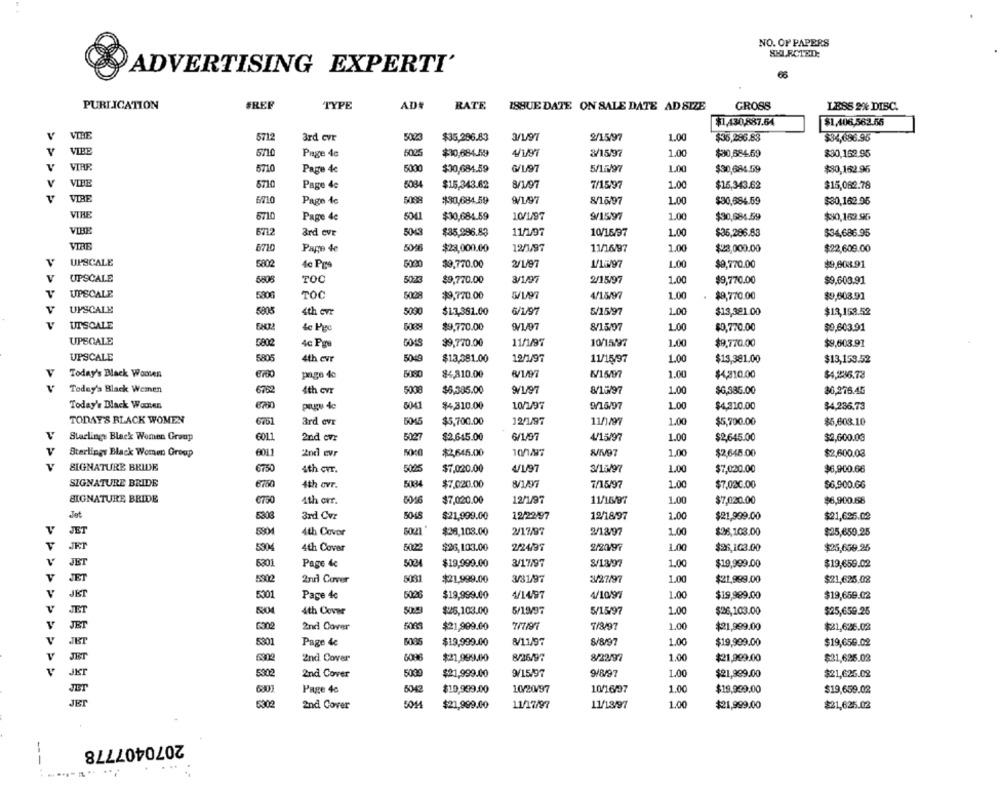
NO. OF PAPERS
ADVERTISING EXPERTI'
66
PUBLICATION
#REF
TYPE
ADS
RATE
ISSUE DATE ON SALE DATE AD SIZE
GROSS
LESS 2% DISC.
$7,430,887.64
$1,406,562.55
V
VIBE
5712
3rd cvr
5005
$35,296.83
3/197
2/15/97
1.00
$36,286.83
$34,686.95
VIBE
5710
Page 4c
5025
$10,684.49
4/197
3/15/97
1.00
$80,584.59
$30,162.95
VIRE
5710
Page 4c
5000
$30,684.59
5/12/97
1.00
$30,684.59
$80,162.96
V
VIBE
5710
Page 4c
5084
$15,343.62
8/1/97
7/15/97
1.00
$15,343.62
$15,062.78
VIRE
6710
5088
Page fe
$30,684.59
8/16/97
1.00
$30,684.59
$30,162.95
VIRE
5041
6710
Page 4e
$30,684.59
10/1/97
9/15/97
1.00
$30,684.59
$90,162.95
6712
ard evr
50-43
$35,296.83
11/1/97
10/15/97
1.00
$35,286.83
$34,686.95
VIBE
6720
Pape 4e
5046
$23,000.00
12/1/97
11/16/97
1.00
$23,000.00
$22,609.00
UPSCALE
5802
4c Pro
5020
$9,770.00
2/1/97
V/15/97
1.00
$9,770.00
$9,608.91
V
UPSCALE
5806
5073
TOC
$9,770.00
2/15/97
1.00
$9,770.00
$9,603.91
UPSCALE
5806
5028
TOC
$9,770.00
4/18/97
1.00
$9,770.00
$9,608.91
UPSCALE
5808
4th cvr
5000
$17,381.00
6/1/97
5/15/97
1.00
$13,321.00
$13,153.52
UTSCALE
de Pgc
$9,770.00
9/197
8/15/07
1.00
$0,770.00
$9,603.91
UPSCALE
G802
4c Pou
5048
$9,770.00
11/1/97
10/15/97
1.00
$9,770.00
$9,603.91
UPSCALE
805
4th evr
5049
$13,581.00
12/1/97
11/15/97
1.00
$13,381.00
$13,153.52
V
5080
Today's Black Women
pago de
84,810.00
K15/97
1.00
$4,310.00
$4,286.73
Today's Black Women
5782
5008
1.00
4th cvr
$6,385.00
8/15/97
$6,385.00
$0,276.45
700
Today's Black Women
page 4c
5041
$4,310.00
10/1/97
9/15/97
1.00
$4,310.00
$4,286.73
TODAY'S BLACK WOMEN
ard evr
5045
$5,700.00
12/1/97
11/1/97
1.00
$5,700.00
$5,603.10
601.1
Starlings Black Women Group
2nd cvr
5027
$2,645.00
6/1/97
4/15/97
1.00
$2,645.00
$2,600.00
V
Sterlings Black Women Group
011
2nd evr
$2,645.00
1.00
$2,645.00
$2,600.03
PPP
SIGNATURE BRIDE
6750
5025
4/1/97
1.00
4th cvr.
$7,020.00
3/15/97
$7,020.00
$6,900.66
SIGNATURE BRIDE
5084
4th ovr.
$7.020.00
7/15/97
1.00
$7,020.00
$6,900.66
SIGNATURE BRIDE
1.00
€750
4th orr.
5046
$7,020.00
12/1/97
11/16/97
$7,020.00
$6,900.68
12/22/97
12/18/97
1.00
Jet
3rd Cvr
5048
$21,999.00
$21,999.00
$21,625.02
v
JET
$28,108.00
2/17/97
1.00
$36,103.00
4th Covor
50221
3/18/97
$25,650.25
$26,103.00
2/24/97
2/20/97
1.00
$26,103.00
$25,679.25
JRT
5304
4th Cover
50222
V
5301
Page 4c
5024
$19,999.00
3/17/97
8/18/97
1.00
JET
$19,999.00
$19,659.02
5302
5031
3/81/97
3/27/97
V
JET
2nd Cover
$21,999.00
1.00
$21,989.00
$21,625.08
5301
5026
1.00
V
JET
Page 4c
$19,999.00
4/14/97
4/10/97
$19,989.00
$19,659.02
v
5304
5023
5/19/97
1.00
JET
4th Cover
$26,103.00
5/15/97
$26,103.00
$25,659.25
V
6302
$21,999.00
7/7/97
7/8/97
1.00
$21,626.02
JET
2nd Cover
$21,999.00
V
5301
Page 4c
$19,999.00
8/11/97
8/8/97
1.00
$19,909.00
$19,650.02
JET
V
2nd Cover
$21,999.00
8/26/97
8/22/97
1.00
$21,999.00
$21,625.02
JET
5302
5000
9/15/97
1.00
$21,626.02
JKT
2nd Cover
$21,999.00
$21,999.00
5042
$10,989.00
10/20/97
10/16/37
1.00
$19,959.00
$19,659.02
Page 4c
JET
5011
1.00
2nd Cover
$21,999.00
11/13/97
$21,999.00
$21,625.02
2070407778
--